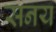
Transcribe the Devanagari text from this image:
सनय